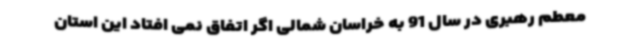
معطم رهبری در سال 91 به خراسان شمالی اگر اتفاق نمی افتاد این استان